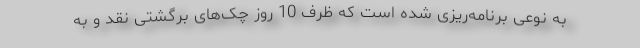
به نوعی برنامه‌ریزی شده است که ظرف 10 روز چک‌های برگشتی نقد و به